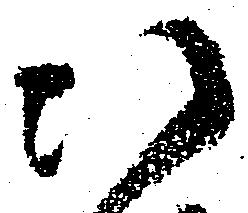
以